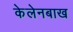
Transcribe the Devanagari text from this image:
केलेनबाख